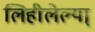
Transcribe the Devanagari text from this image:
लिहीलेल्या्